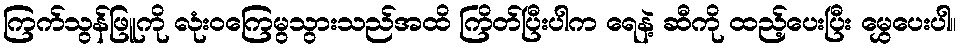
ကြက်သွန်ဖြူကို လုံးဝကြေမွသွားသည်အထိ ကြိတ်ပြီးပါက ရေနဲ့ ဆီကို ထည့်ပေးပြီး မွှေပေးပါ။